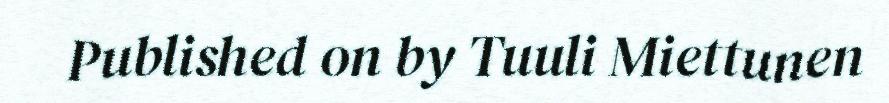
Published on by Tuuli Miettunen